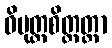
ဝိမုတ္တစိတ္တတ္တာ